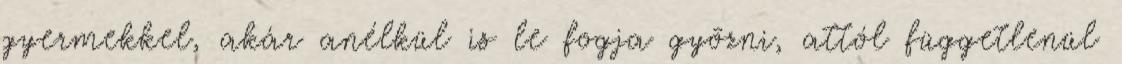
gyermekkel, akár anélkül is le fogja gyõzni, attól függetlenül